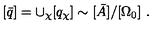
[ \bar { q } ] = \cup _ { \chi } [ q _ { \chi } ] \sim [ \bar { A } ] / [ \Omega _ { 0 } ] \ .